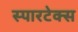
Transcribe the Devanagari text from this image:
स्पारटेक्स